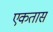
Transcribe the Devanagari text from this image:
एकतास